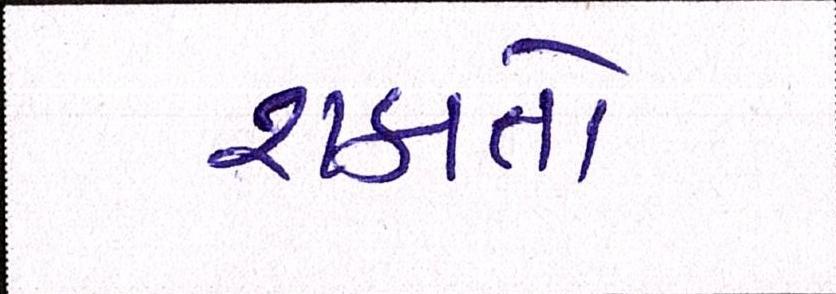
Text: શકાતો